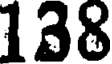
138